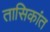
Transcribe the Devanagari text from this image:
तासिकांत